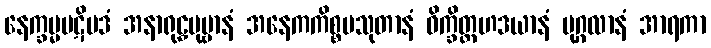
နေက္ခမ္မပဋိပဒံ အနာရုဠှပုဗ္ဗာနံ အနေကကိစ္စပသုတာနံ ဝိက္ခိတ္တဟဒယာနံ ပုဂ္ဂလာနံ အာရကာ